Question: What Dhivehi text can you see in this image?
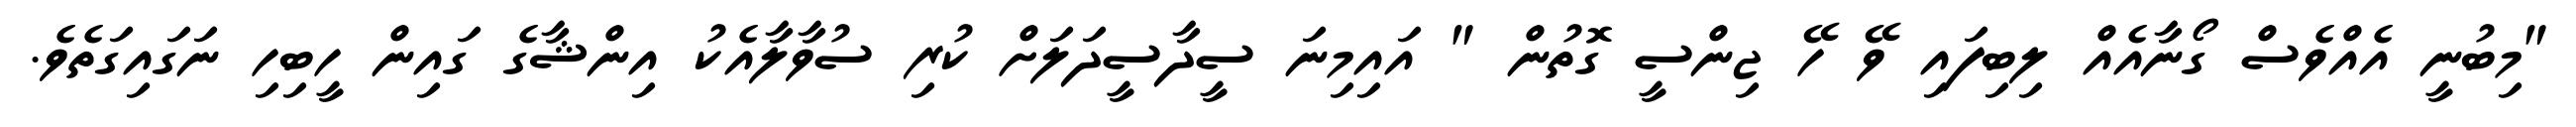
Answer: "މިބުނީ އެއްވެސް ގޯނާއެއް ލިބިފައި ވޭ ހޭ ޖިންސީ ގޮތުން " އައިމިނަ ސީދާސީދަލަށް ކުރި ސުވާލާއެކު އިންޝާގެ ގައިން ހީބިހި ނަގައިގަތެވެ.